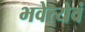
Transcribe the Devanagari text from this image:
भवेत्येवं